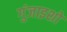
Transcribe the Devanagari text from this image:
गुंजाइशों